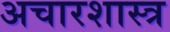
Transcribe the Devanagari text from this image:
अचारशास्त्र